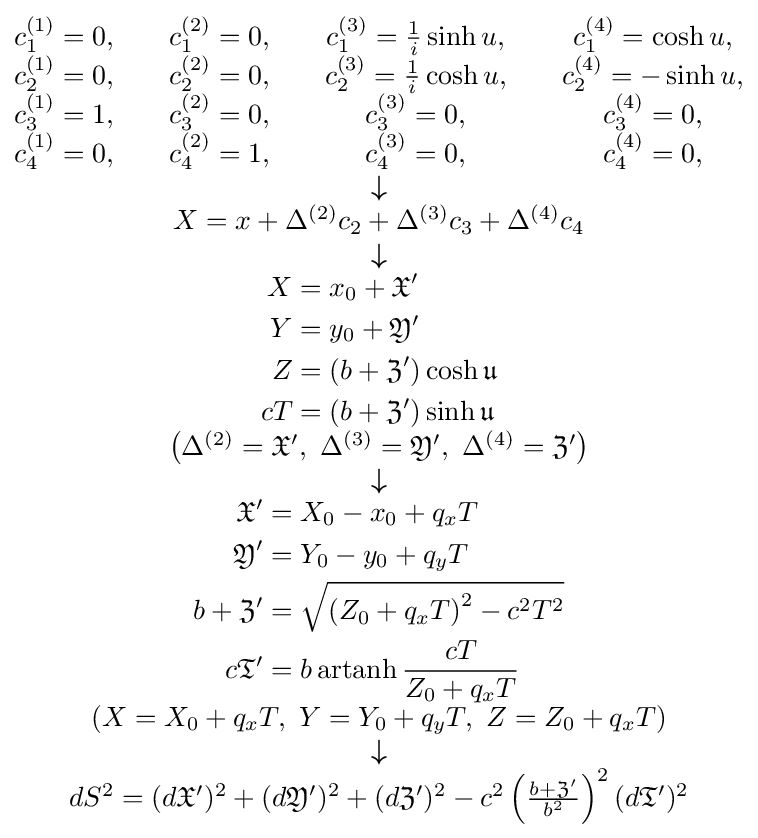
\scriptstyle {\begin{matrix}{\begin{matrix}c_{1}^{(1)}=0,&&c_{1}^{(2)}=0,&&c_{1}^{(3)}={\frac {1}{i}}\sinh u,&&c_{1}^{(4)}=\cosh u,\\c_{2}^{(1)}=0,&&c_{2}^{(2)}=0,&&c_{2}^{(3)}={\frac {1}{i}}\cosh u,&&c_{2}^{(4)}=-\sinh u,\\c_{3}^{(1)}=1,&&c_{3}^{(2)}=0,&&c_{3}^{(3)}=0,&&c_{3}^{(4)}=0,\\c_{4}^{(1)}=0,&&c_{4}^{(2)}=1,&&c_{4}^{(3)}=0,&&c_{4}^{(4)}=0,\end{matrix}}\\{\boldsymbol {\downarrow }}\\X=x+\Delta ^{(2)}c_{2}+\Delta ^{(3)}c_{3}+\Delta ^{(4)}c_{4}\\{\boldsymbol {\downarrow }}\\{\begin{aligned}X&=x_{0}+{\mathfrak {X}}'\\Y&=y_{0}+{\mathfrak {Y}}'\\Z&=\left(b+{\mathfrak {Z}}'\right)\cosh {\mathfrak {u}}\\cT&=\left(b+{\mathfrak {Z}}'\right)\sinh {\mathfrak {u}}\end{aligned}}\\\left(\Delta ^{(2)}={\mathfrak {X}}',\ \Delta ^{(3)}={\mathfrak {Y}}',\ \Delta ^{(4)}={\mathfrak {Z}}'\right)\\{\boldsymbol {\downarrow }}\\{\begin{aligned}{\mathfrak {X}}'&=X_{0}-x_{0}+q_{x}T\\{\mathfrak {Y}}'&=Y_{0}-y_{0}+q_{y}T\\b+{\mathfrak {Z}}'&={\sqrt {\left(Z_{0}+q_{x}T\right)^{2}-c^{2}T^{2}}}\\c{\mathfrak {T}}'&=b\operatorname {artanh} {\frac {cT}{Z_{0}+q_{x}T}}\end{aligned}}\\\left(X=X_{0}+q_{x}T,\ Y=Y_{0}+q_{y}T,\ Z=Z_{0}+q_{x}T\right)\\{\boldsymbol {\downarrow }}\\dS^{2}=(d{\mathfrak {X}}')^{2}+(d{\mathfrak {Y}}')^{2}+(d{\mathfrak {Z}}')^{2}-c^{2}\left({\frac {b+{\mathfrak {Z}}'}{b^{2}}}\right)^{2}(d{\mathfrak {T}}')^{2}\end{matrix}}